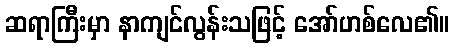
ဆရာကြီးမှာ နာကျင်လွန်းသဖြင့် အော်ဟစ်လေ၏။